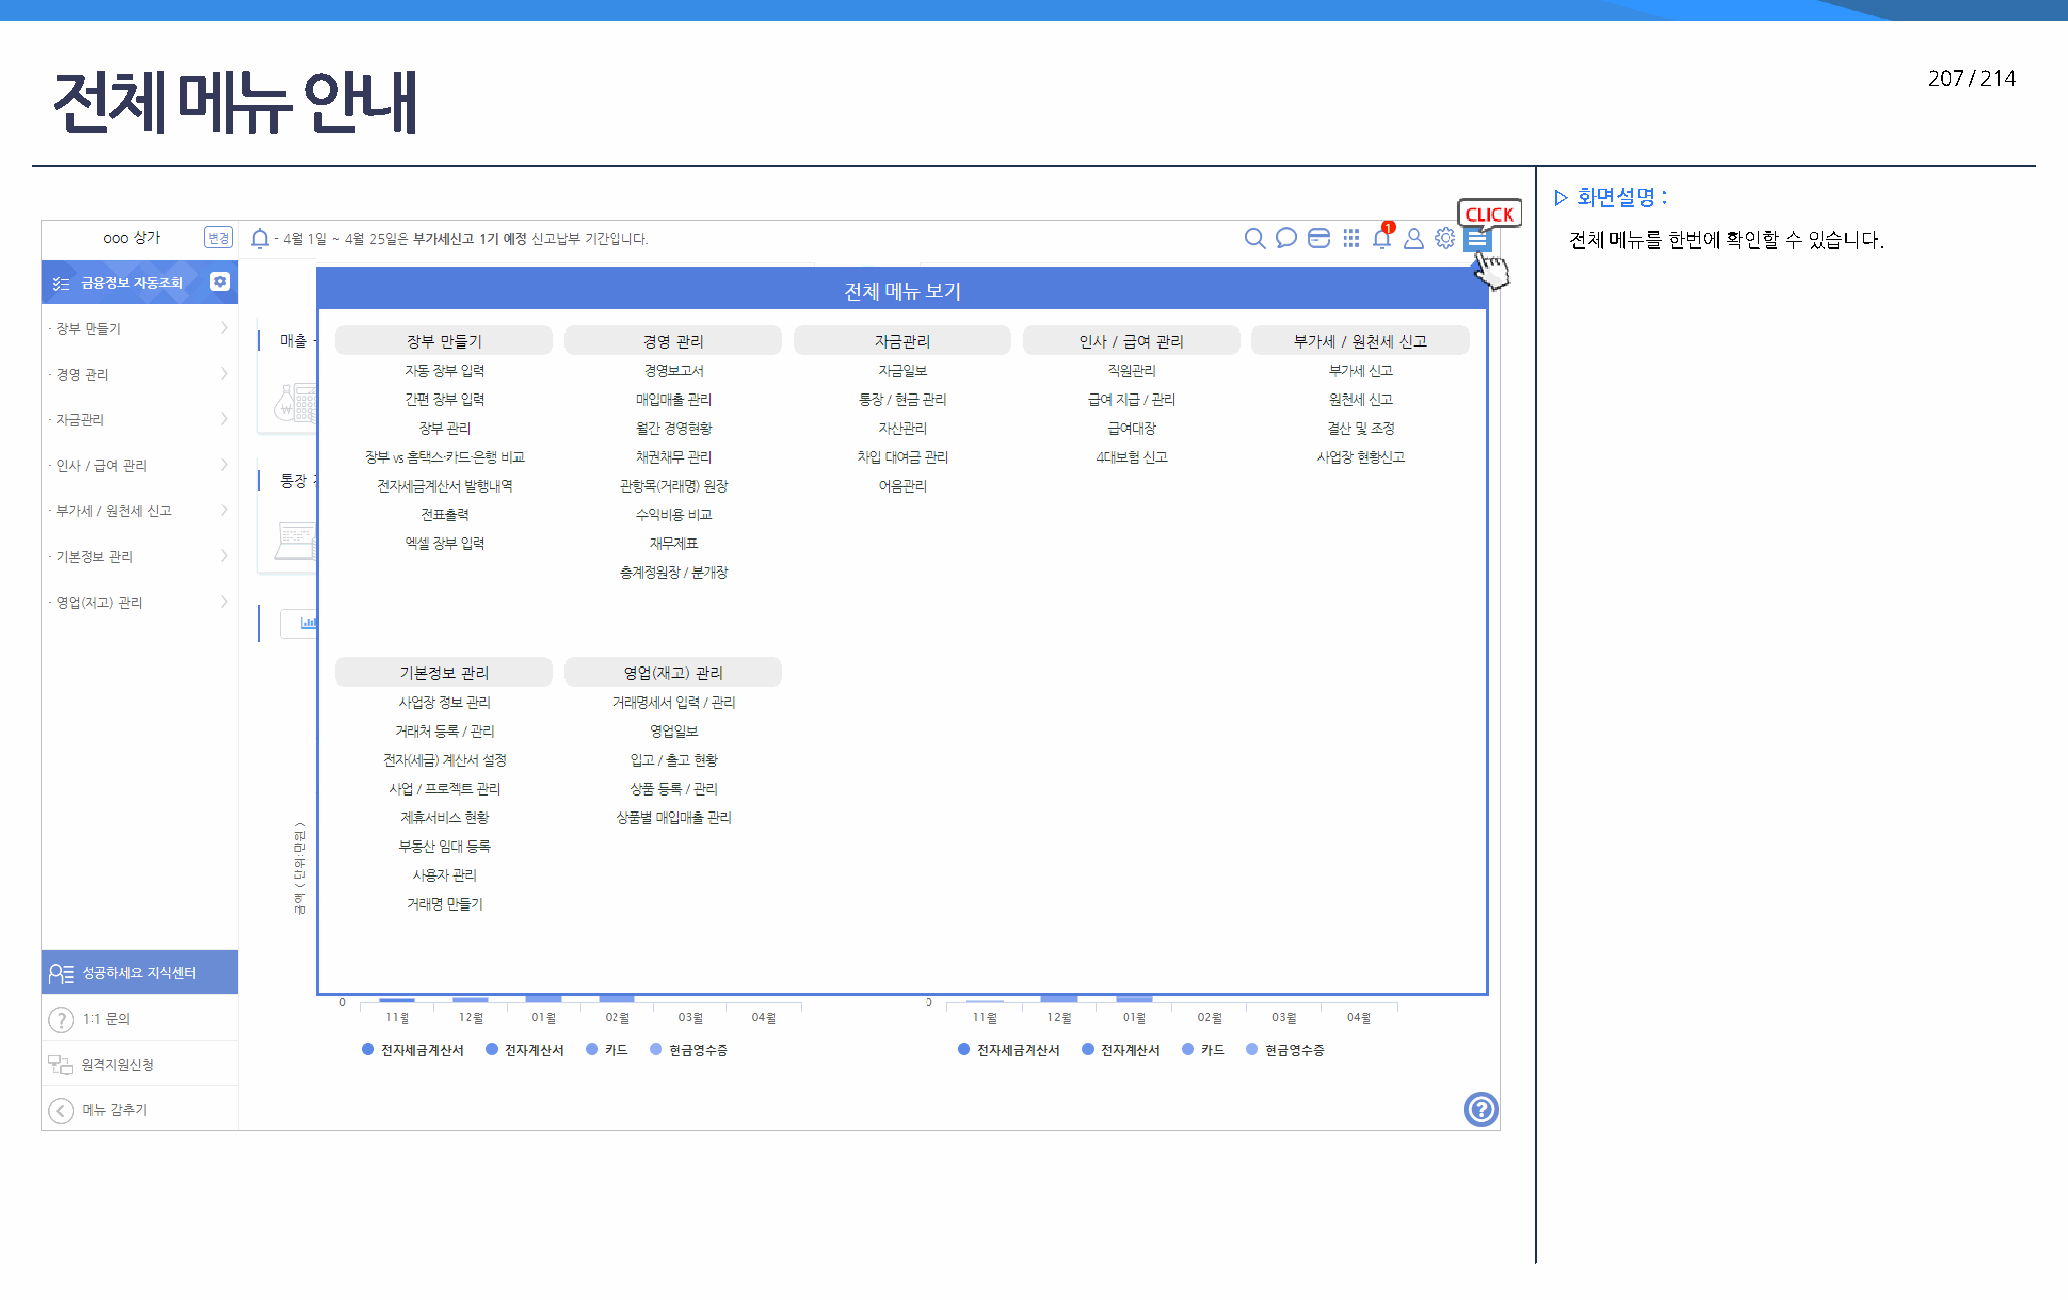
전체       메뉴      안내                                                                                                          207 / 214
 ▷ 화면설명 :
 전체 메뉴를 한번에 확인할 수 있습니다.